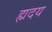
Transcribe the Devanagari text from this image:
ह्मदय